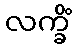
လက္ခိံ